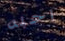
احبه